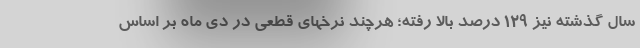
سال گذشته نیز ۱۲۹ درصد بالا رفته؛ هرچند نرخهای قطعی در دی ماه بر اساس